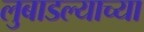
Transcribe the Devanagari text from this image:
लुबाडल्याच्या